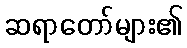
ဆရာတော်များ၏